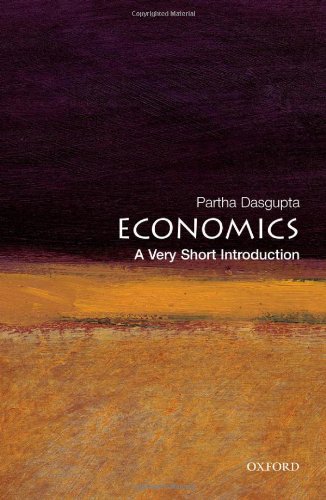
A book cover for Economics: A Very Short Introduction; Partha Dasgupta; Business & Money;